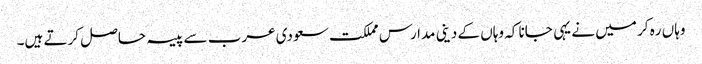
وہاں ره کر میں نے یہی جانا کہ وہاں کے دینی مدارس مملکت سعودی عرب سے پیسہ حاصل کرتے ہیں۔